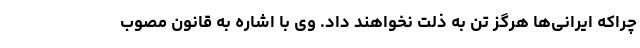
چراکه ایرانی‌ها هرگز تن به ذلت نخواهند داد. وی با اشاره به قانون مصوب